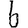
Digit: 6